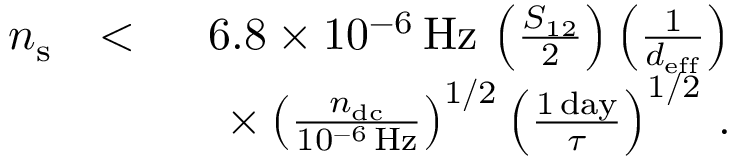
\begin{array} { r l r } { n _ { \mathrm { s } } } & { < } & { 6 . 8 \times 1 0 ^ { - 6 } \, \mathrm { H z } \, \left( \frac { S _ { 1 2 } } { 2 } \right) \left( \frac { 1 } { d _ { \mathrm { e f f } } } \right) } \\ & { } & { \quad \times \left( \frac { n _ { \mathrm { d c } } } { 1 0 ^ { - 6 } \, \mathrm { H z } } \right) ^ { 1 / 2 } \left( \frac { 1 \, \mathrm { d a y } } { \tau } \right) ^ { 1 / 2 } \, . } \end{array}